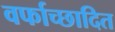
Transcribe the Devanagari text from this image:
वर्फाच्‍छादित